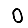
Digit: 0